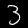
Digit: 3